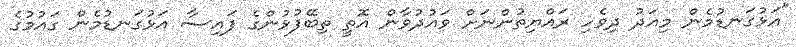
"އަޅުގަނޑުމެން މިއަދު ދިވެހި ރައްޔިތުންނަށް ވައުދުވާން އޮތީ ތިބޭފުޅުންގެ ފައިސާ އަޅުގަނޑުމެން ގައުމުގެ